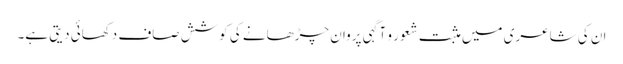
ان کی شاعری میں مثبت شعور و آگہی پروان چڑھانے کی کوشش صاف دکھائی دیتی ہے۔